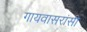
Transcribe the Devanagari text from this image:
गायवासरांसी